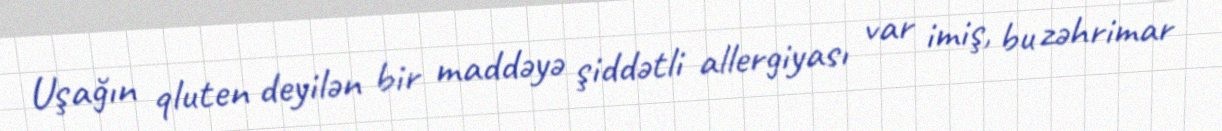
Uşağın qluten deyilən bir maddəyə şiddətli allergiyası var imiş, bu zəhrimar